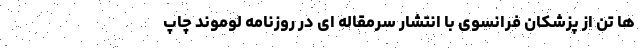
ها تن از پزشکان فرانسوی با انتشار سرمقاله ای در روزنامه لوموند چاپ